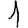
Digit: 1